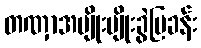
တဏှာအမျိုးမျိုးခွဲပြခန်း